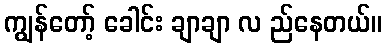
ကျွန်တော့် ခေါင်း ချာချာ လ ည်နေတယ်။